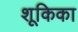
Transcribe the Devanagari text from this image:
शूकिका